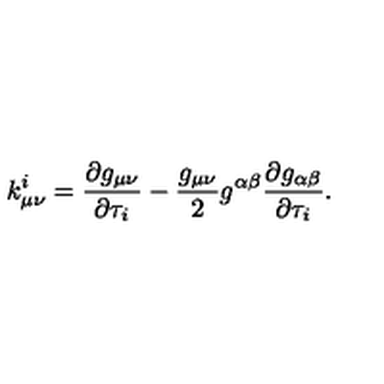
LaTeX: k _ { \mu \nu } ^ { i } = \frac { \partial g _ { \mu \nu } } { \partial \tau _ { i } } - \frac { g _ { \mu \nu } } { 2 } g ^ { \alpha \beta } \frac { \partial g _ { \alpha \beta } } { \partial \tau _ { i } } .